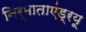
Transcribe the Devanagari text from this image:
निर्माताएंड्रयू